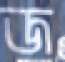
জ